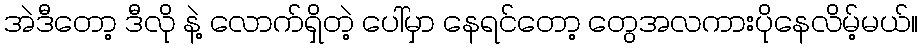
အဲဒီတော့ ဒီလို နဲ့ လောက်ရှိတဲ့ ပေါ်မှာ နေရင်တော့ တွေအလကားပိုနေလိမ့်မယ်။